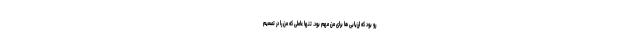
رو بود که ارزیابی ها برای من مهم بود. تنها عاملی که من را در تصمیم